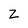
Character: Z